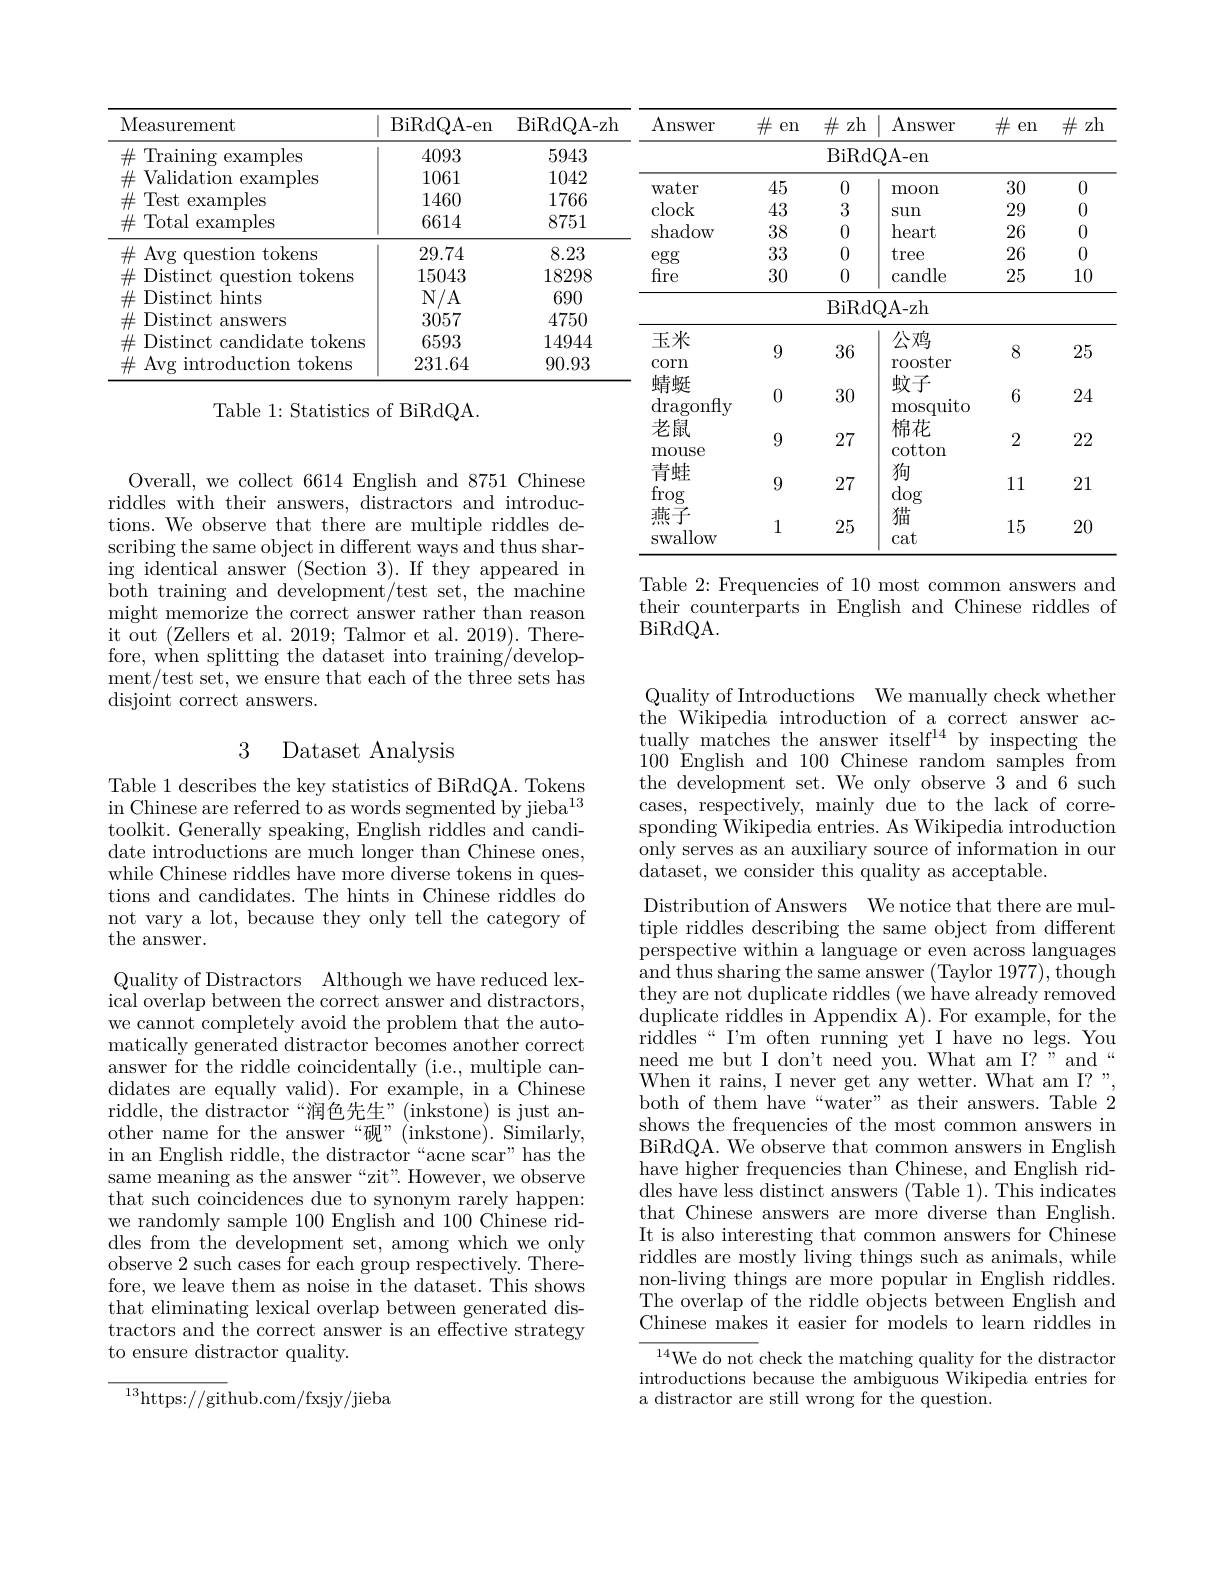
<table>
	<tbody>
		<tr>
			<th>Measurement</th>
			<th>$\operatorname{BiRdQA-en}$</th>
			<th>BiRdQA- zh</th>
			<th>Answer</th>
			<th>$\#$ en</th>
			<th>$\#$ zh</th>
			<th>Answer</th>
			<th>$\#$ en</th>
			<th>$\#$ zh</th>
		</tr>
		<tr>
			<td>$\#$ ${\underline{{{\mathrm{Training}}}}}$ examples </td>
			<td>4093</td>
			<td>5943</td>
			<td> </td>
			<td> </td>
			<td colspan="2">BiRdQA- en</td>
			<td> </td>
			<td> </td>
		</tr>
		<tr>
			<td>Validation examples 井 4</td>
			<td>1061</td>
			<td>1042</td>
			<td> </td>
			<td>15</td>
			<td> </td>
			<td> </td>
			<td>$2\Omega$</td>
			<td> </td>
		</tr>
		<tr>
			<td>Test examples $\#$ SER</td>
			<td>1460</td>
			<td>1766</td>
			<td></td>
			<td>$\pm u$</td>
			<td>0</td>
			<td>LIUUIL</td>
			<td>$\upsilon U$</td>
			<td> </td>
		</tr>
		<tr>
			<td>$\#$ Total examples</td>
			<td>6614</td>
			<td>8751</td>
			<td>$,\mathbf{IUUM}$</td>
			<td>士U</td>
			<td>$U$</td>
			<td> </td>
			<td>$\angle{U}$</td>
			<td> </td>
		</tr>
		<tr>
			<td>$\pm A_{V\boldsymbol{\sigma}}$ $\tan_{\mathrm{vons}}$</td>
			<td>2974</td>
			<td>823</td>
			<td>LIUMUT </td>
			<td>VV</td>
			<td> </td>
			<td>VUL tree</td>
			<td>一V</td>
			<td> </td>
		</tr>
		<tr>
			<td>$\#$Distinct ion tokens</td>
			<td>15043</td>
			<td>18298</td>
			<td>24 fire</td>
			<td>HI</td>
			<td>0</td>
			<td>candle</td>
			<td>25</td>
			<td>10</td>
		</tr>
		<tr>
			<td>11 $\#$Distinct hints</td>
			<td>$N/A$</td>
			<td>690</td>
			<td> </td>
			<td> </td>
			<td>1 T</td>
			<td>1</td>
			<td> </td>
			<td> </td>
		</tr>
		<tr>
			<td>4 Distinct answers</td>
			<td>3057</td>
			<td>1 4750</td>
			<td> </td>
			<td> </td>
			<td>BiRd</td>
			<td>$\int_{\mathrm{A-Zh}}$</td>
			<td> </td>
			<td> </td>
		</tr>
		<tr>
			<td>$\#{\mathrm{~Distmct~answers}}$</td>
			<td>.30.5 ,</td>
			<td>4/{:}00</td>
			<td>工业</td>
			<td> </td>
			<td> </td>
			<td>八寸前</td>
			<td> </td>
			<td> </td>
		</tr>
		<tr>
			<td>$\#$ Distinct candidate tokens $\#$ Avg introduction tokens</td>
			<td>6593 231.64</td>
			<td>14944 90.93</td>
			<td>玉木 $\operatorname{corn}$</td>
			<td></td>
			<td>36</td>
			<td>$公鸡$ rooster</td>
			<td>8</td>
			<td>25</td>
		</tr>
		<tr>
			<td>Table 1: Statistics</td>
			<td>$\operatorname{BiRdQA}.$ $of$</td>
			<td> </td>
			<td>蜻蜓 $\operatorname{dragonffy}$</td>
			<td>0</td>
			<td>30</td>
			<td>蚊子 mosquito</td>
			<td>6</td>
			<td>24</td>
		</tr>
		<tr>
			<td> </td>
			<td> </td>
			<td> </td>
			<td>老鼠 mouse</td>
			<td>9</td>
			<td>27</td>
			<td>栉花 cotton</td>
			<td>2</td>
			<td>22</td>
		</tr>
		<tr>
			<td rowspan="1">Overall, we collect 6614 English and 87 iddles with their answers, distractors and ions. We observe that there are multiple</td>
			<td>glish and 8751 $1+w_{n}$ $at$ $1d$ 、</td>
			<td>Chinese</td>
			<td>青蛙 frog</td>
			<td>9</td>
			<td>27</td>
			<td>狗 $\deg$</td>
			<td>111</td>
			<td>21</td>
		</tr>
		<tr>
			<td colspan="2">tions. We observe that there are multiple riddles de</td>
			<td>LUL $.Vuu$ ddles $de-$ $thusshar-$</td>
			<td>燕子 swallow</td>
			<td>1</td>
			<td>25</td>
			<td>猫 $\operatorname{cat}$</td>
			<td>15</td>
			<td>20</td>
		</tr>
	</tbody>
</table>

ing identical answer (Section 3). If they appeared in both training and development/test set, the machine might memorize the correct answer rather than reason it out (Zellers et al. 2019; Talmor et al. 2019). Therefore, when splitting the dataset into training/development/test set, we ensure that each of the three sets has disjoint correct answers.

Table 2: Frequencies of 10 most common answers and their counterparts in English and Chinese riddles of BiRdQA.

## 3 Dataset Analysis

Quality of Introductions We manually check whether the Wikipedia introduction of a correct answer actually matches the answer itself$^{14}$ by inspecting the 100 English and 100 Chinese random samples from the development set. We only observe 3 and 6 such cases, respectively, mainly due to the lack of corresponding ${\text{Wikipedia entries. As Wikipedia introduction}}$ only serves as an auxiliary source of information in our dataset, we consider this quality as acceptable.

Table 1 describes the key statistics of BiRdQA. Tokens in Chinese are referred to as words segmented by jieba$^{13}$ toolkit. Generally speaking, English riddles and candidate introductions are much longer than Chinese ones, while Chinese riddles have more diverse tokens in questions and candidates. The hints in Chinese riddles do not vary a lot, because they only tell the category of the answer.

Distribution of Answers We notice that there are multiple riddles describing the same object from different perspective within a language or even across languages and thus sharing the same answer (Taylor 1977), though they are not duplicate riddles (we have already removed duplicate riddles in Appendix A). For example, for the riddles“I'm often running yet I have no legs. You need me but I don't need you. What am I?" and “ When it rains, I never get any wetter. What am I?", both of them have “water”as their answers. Table 2 shows the frequencies of the most common answers in BiRdQA. We observe that common answers in English have higher frequencies than Chinese, and English riddles have less distinct answers (Table 1). This indicates that Chinese answers are more diverse than English It is also interesting that common answers for Chinese riddles are mostly living things such as animals, while non-living things are more popular in English riddles. The overlap of the riddle objects between English and Chinese makes it easier for models to learn riddles in

Quality of Distractors Although we have reduced lexical overlap between the correct answer and distractors, we cannot completely avoid the problem that the automatically generated distractor becomes another correct answer for the riddle coincidentally (i.e., multiple candidates are equally valid). For example, in a Chinese riddle, the distractor“润色先生”(inkstone) is just another name for the answer“砚”(inkstone). Similarly, in an English riddle, the distractor“acne scar”has the same meaning as the answer “zit”. However, we observe that such coincidences due to synonym rarely happen: we randomly sample 100 English and 100 Chinese riddles from the development set, among which we only observe 2 such cases for each group respectively. Therefore, we leave them as noise in the dataset. This shows that eliminating lexical overlap between generated distractors and the correct answer is an effective strategy to ensure distractor quality.

$^{14}$We do not check the matching quality for the distractor introductions because the ambiguous Wikipedia entries for a distractor are still wrong for the question.

${\frac{^{13}\mathrm{https://git}}\mathrm{hub.com/fxsjy/jieba}}$